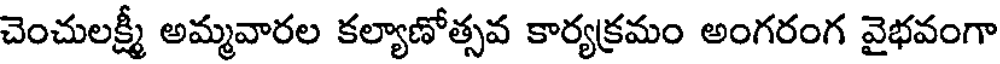
చెంచులక్ష్మీ అమ్మవారల కల్యాణోత్సవ కార్యక్రమం అంగరంగ వైభవంగా